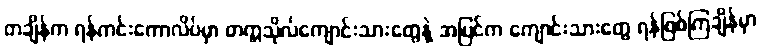
တချိန်က ရန်ကင်းကောလိပ်မှာ တက္ကသိုလ်ကျောင်းသားတွေနဲ့ အပြင်က ကျောင်းသားတွေ ရန်ဖြစ်ကြချိန်မှာ